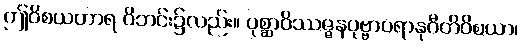
ဤဝိစယဟာရ ဝိဘင်း၌လည်း။ ပုစ္ဆာဝိဿဇ္ဇနပုဗ္ဗာပရာနုဂီတိဝိစယာ၊